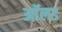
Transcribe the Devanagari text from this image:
आॅलड